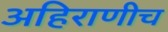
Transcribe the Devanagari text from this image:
अहिराणीच